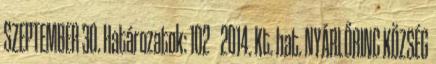
SZEPTEMBER 30. Határozatok: 102 2014. Kt. hat. NYÁRLŐRINC KÖZSÉG